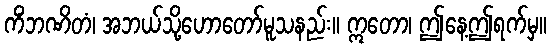
ကိံဘဏိတံ၊ အဘယ်သို့ဟောတော်မူသနည်း။ ဣတော၊ ဤနေ့ဤရက်မှ။